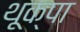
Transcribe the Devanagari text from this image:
थूक्‍पा